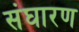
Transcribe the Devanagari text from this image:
संघारण